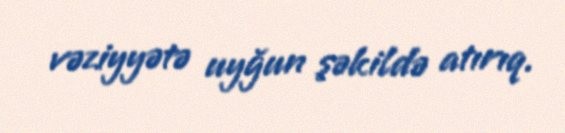
vəziyyətə uyğun şəkildə atırıq.